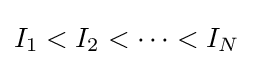
I_{1}<I_{2}<\cdots <I_{N}